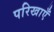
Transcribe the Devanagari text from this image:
परिखाएँ